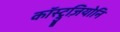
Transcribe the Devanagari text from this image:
कॉस्ट्रुज़ियोनि